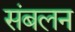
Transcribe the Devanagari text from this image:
संबलन